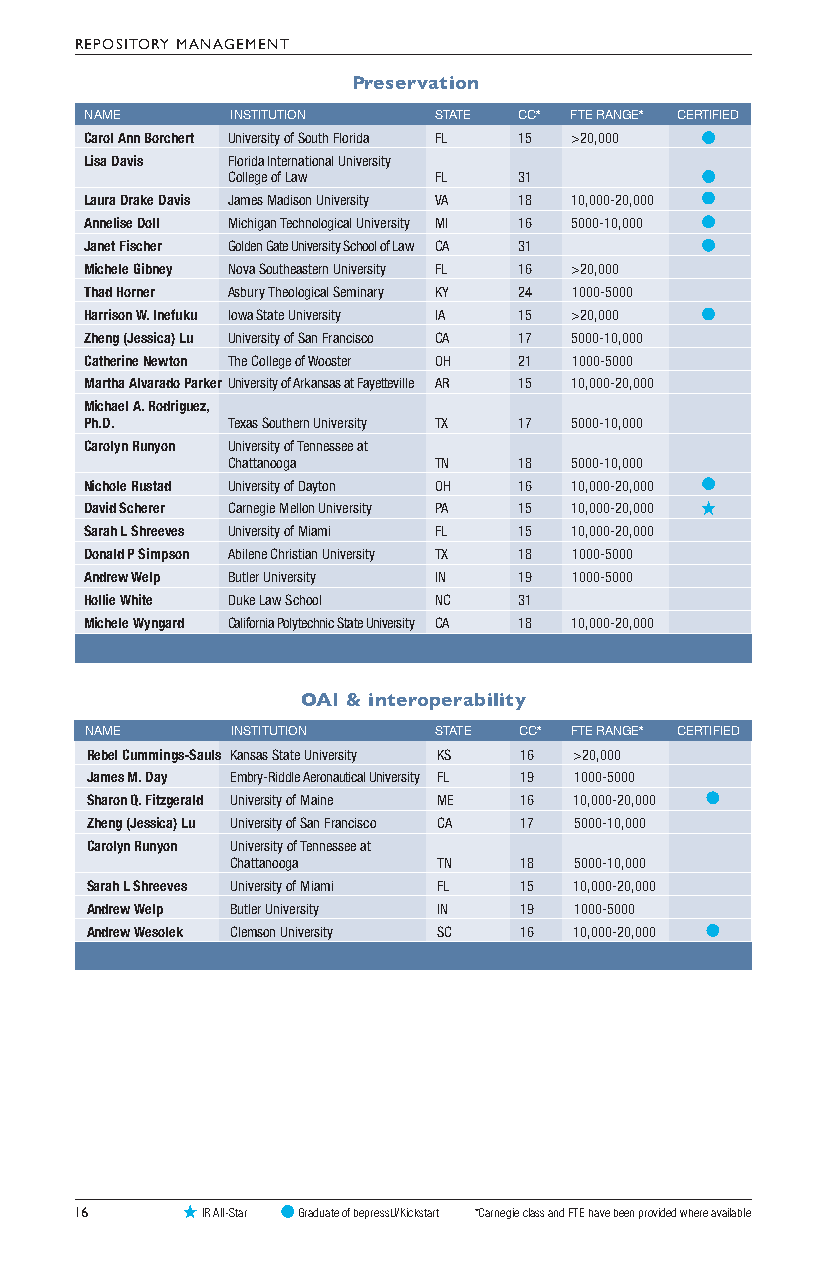
REPOSITORY MANAGEMENT
 Preservation
 NAME     INSTITUTION   STATE CC* FTE RANGE* CERTIFIED
 Carol Ann Borchert University of South Florida FL 15 >20,000
 Lisa Davis Florida International University
 College of Law FL  31
 Laura Drake Davis James Madison University VA 18 10,000-20,000
 Annelise Doll Michigan Technological University MI 16 5000-10,000
 Janet Fischer Golden Gate University School of Law CA 31
 Michele Gibney Nova Southeastern University FL 16 >20,000
 Thad Horner Asbury Theological Seminary KY 24 1000-5000
 Harrison W. Inefuku Iowa State University IA 15 >20,000
 Zheng (Jessica) Lu University of San Francisco CA 17 5000-10,000
 Catherine Newton The College of Wooster OH 21 1000-5000
 Martha Alvarado Parker University of Arkansas at Fayetteville AR 15 10,000-20,000
 Michael A. Rodriguez,
 Ph.D.    Texas Southern University TX 17 5000-10,000
 Carolyn Runyon University of Tennessee at
 Chattanooga   TN   18  5000-10,000
 Nichole Rustad University of Dayton OH 16 10,000-20,000
 David Scherer Carnegie Mellon University PA 15 10,000-20,000
 Sarah L Shreeves University of Miami FL 15 10,000-20,000
 Donald P Simpson Abilene Christian University TX 18 1000-5000
 Andrew Welp Butler University IN 19 1000-5000
 Hollie White Duke Law School NC 31
 Michele Wyngard California Polytechnic State University CA 18 10,000-20,000
 OAI & interoperability
 NAME     INSTITUTION   STATE CC* FTE RANGE* CERTIFIED
 Rebel Cummings-Sauls Kansas State University KS 16 >20,000
 James M. Day Embry-Riddle Aeronautical University FL 19 1000-5000
 Sharon Q. Fitzgerald University of Maine ME 16 10,000-20,000
 Zheng (Jessica) Lu University of San Francisco CA 17 5000-10,000
 Carolyn Runyon University of Tennessee at
 Chattanooga   TN   18  5000-10,000
 Sarah L Shreeves University of Miami FL 15 10,000-20,000
 Andrew Welp Butler University IN 19 1000-5000
 Andrew Wesolek Clemson University SC 16 10,000-20,000
 16      IR All-Star Graduate of bepressU/Kickstart *Carnegie class and FTE have been provided where available